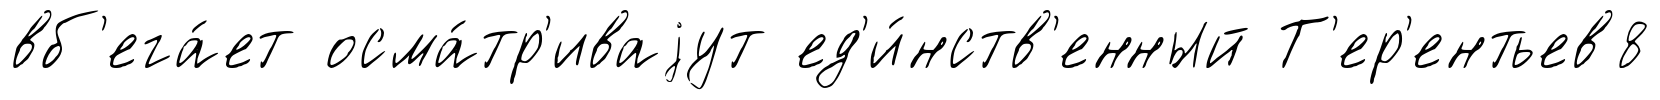
вб'ега́ет осма́тр'иваjут ед'и́нств'енный Т'ер'ентьев8